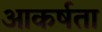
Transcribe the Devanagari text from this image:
आकर्षता